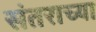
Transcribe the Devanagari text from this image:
संतराच्या